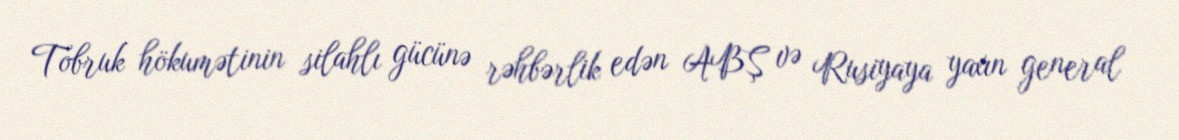
Tobruk hökumətinin silahlı gücünə rəhbərlik edən ABŞ və Rusiyaya yaxın general